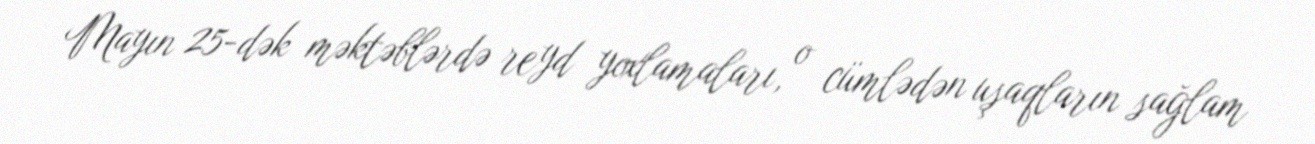
Mayın 25-dək məktəblərdə reyd yoxlamaları, o cümlədən uşaqların sağlam